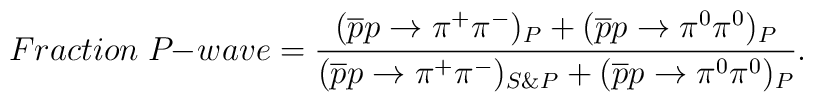
Fraction \; P \! \! - \! wave = {( \overline{p} p \rightarrow \pi^+ \pi^-)_P+ (\overline{p} p \rightarrow \pi^0 \pi^0)_P  \over( \overline{p} p \rightarrow \pi^+ \pi^-)_{S \& P}+ (\overline{p} p \rightarrow \pi^0 \pi^0)_P }.